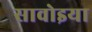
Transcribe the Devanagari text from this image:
सावोइया